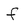
Character: f